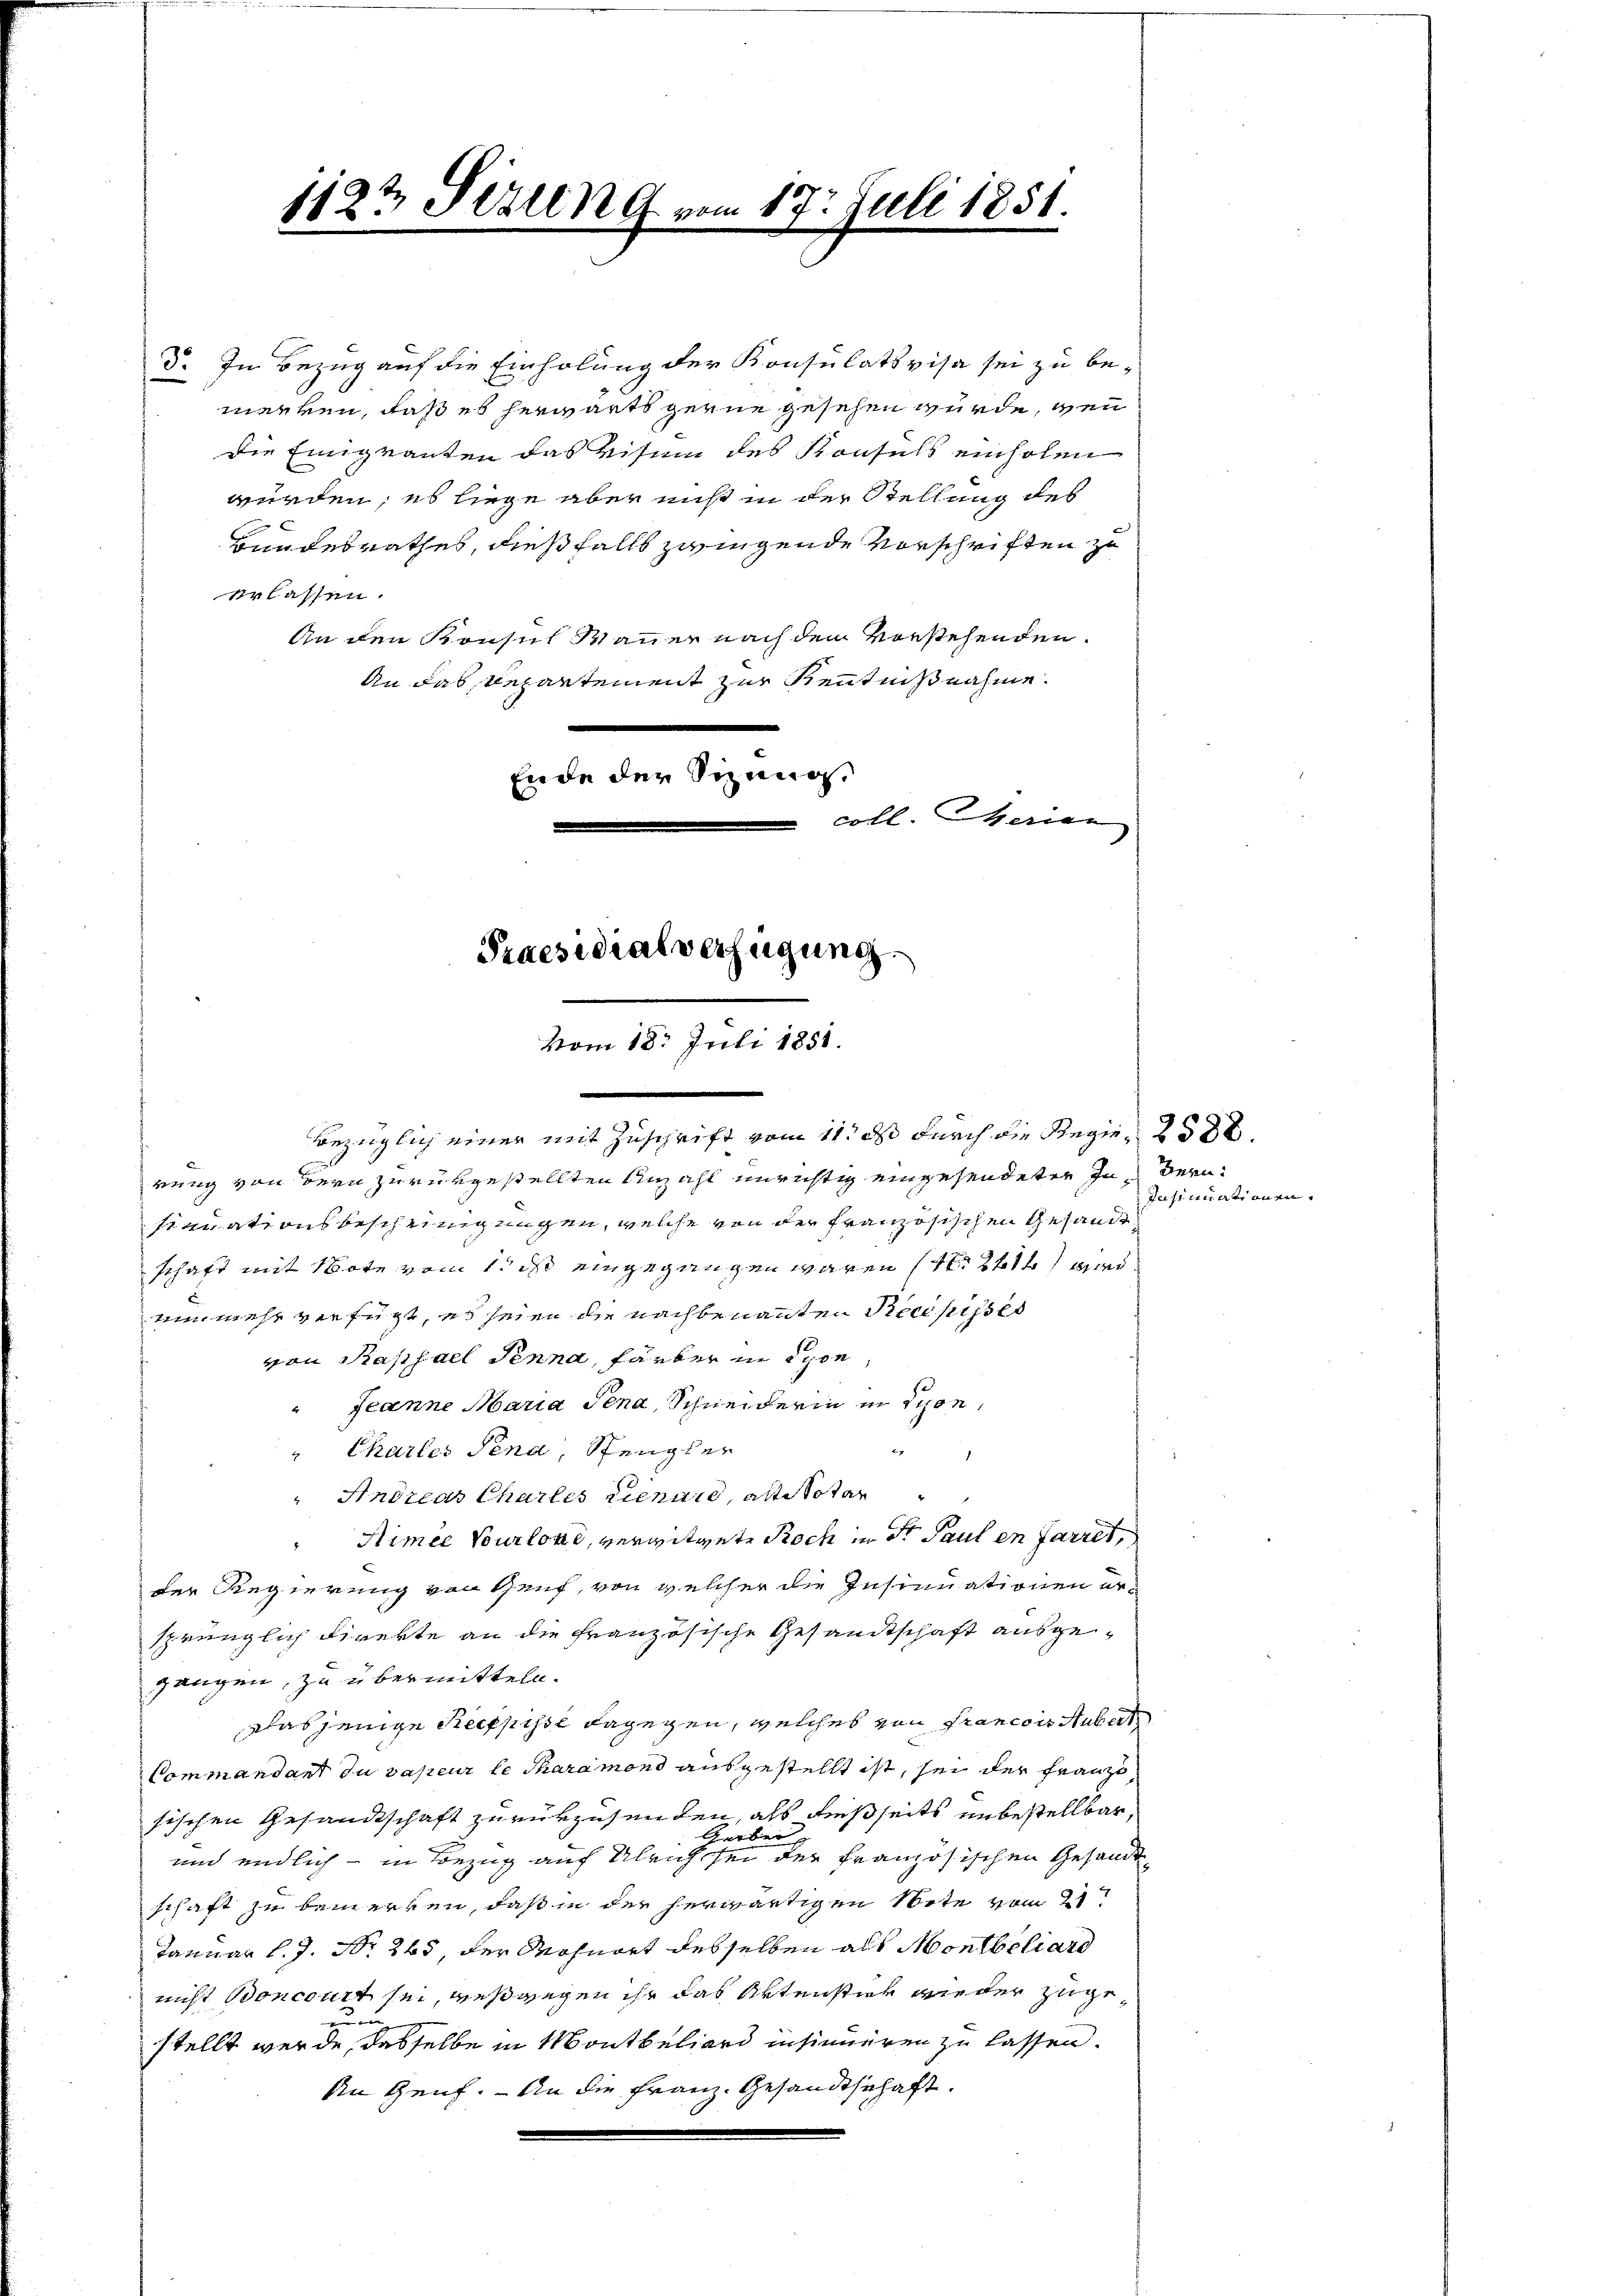
d. In Bezug auf die Einholung der Konsulativisa sei zu be-
merren, daß es herwärts gerne gesehen würde, wenn
Die Einigranten das visum des Konsuls einholen
würden, es liege aber nicht in der Stellung des
Bundesrathes, dießfalls zwingende Vorschriften zu
erlassen.
An den Konsul Mauer nach dem Vorstehenden.
An das Repartement zur Kenntnißnahme.
.
Ende der Sizungscoll. Merian
Bezüglich einer mit Zuschrift vom 11t ds durch die Regie 258 x
rung von Bern zurükgestellten Anzahl unrichtig eingesendeter In Bernsinuationsbescheinigungen, welche von der französischen Gesandte
schaft mit Note vom 1. ds eingegangen wären (S. 241) wird
nunmehr verfügt, es seien die nachbenannten Recepisses
von Saphael Penna, Färber in Epon
Jeanne Maria Jena, Schneiderin in schon
" Charles Pena, Stengler
Andreas Chartes Lienare, alte Totar
Nimee Tourlone, verwitwete Roch in der Paul en farret,
Der Regierung von Genf, von welcher die Insinuationen ersprünglich direkte an die französische Gesandtschaft ausgezangen, zu übermitteln.
Dasjenige Recepisse dagegen, welches von Francois Hubert
Commandant du valeur le charamond ausgestellt ist, sei der Franzi
sischen Gesandtschaft zurükzusenden, als dießseits unbestellbar,
und endlich - in Bezug auf Ulricht eine eine der Französischen Gesandt
schaft zu bemerken, daß in der herwärtigen Note vom 21t
Januar l. J. No. 265, der Mohnort desselben als Montbeliard
nicht concourt sei, weßwegen ihr das Aktenstier wieder zugestellt werde, dasselbe in Montbeliard insinneren zu lassen.
An Genf. - An die Franz. Gesandtschaft.

1123 Pizleng vom 17. Juli 1851.

Praesidialverfügung.
vom 18. Juli 1851.
e

Insinuation